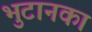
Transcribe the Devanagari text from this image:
भुटानका